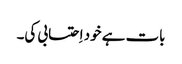
بات ہے خود اِحتسابی کی۔